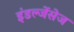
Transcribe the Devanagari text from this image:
इंडल्जेंसेज